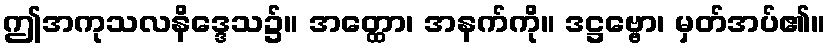
ဤအကုသလနိဒ္ဒေသ၌။ အတ္ထော၊ အနက်ကို။ ဒဋ္ဌဗ္ဗော၊ မှတ်အပ်၏။